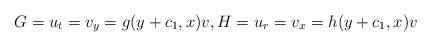
LaTeX: \begin{align*}G=u_t=v_y=g(y+c_1,x)v,H=u_r=v_x=h(y+c_1,x)v\end{align*}